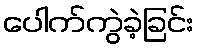
ပေါက်ကွဲခဲ့ခြင်း